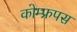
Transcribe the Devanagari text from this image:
कोम्‍फ्रपस